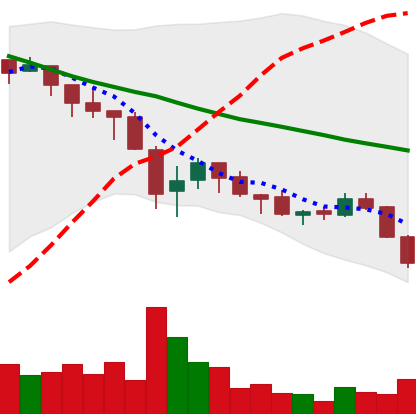
Ticker: ADA-USD
Chart end date: 2018-05-23
Forward return: -13.846%
Label: down_7plus